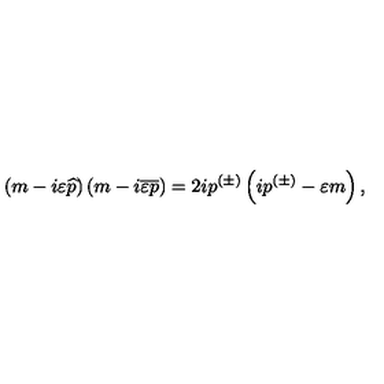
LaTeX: \left( m - i \varepsilon \widehat { p } \right) \left( m - i \overline { { \varepsilon } } \overline { { p } } \right) = 2 i p ^ { ( \pm ) } \left( i p ^ { ( \pm ) } - \varepsilon m \right) ,